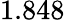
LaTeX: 1.848